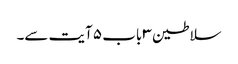
سلاطین ۳ باب ۵ آیت سے۔